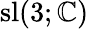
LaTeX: \operatorname{sl}(3;\mathbb{C})